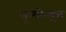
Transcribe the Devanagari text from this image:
मूल्योन्मुख